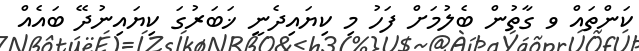
ކަންތައް ވ ގާތުން ބެލުމަށް ފަހު މި ކިޔައިދެނީ ޚަބަރުގަ ކިޔައިނުދޭ ބައެއް